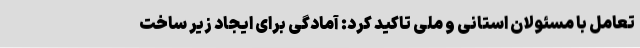
تعامل با مسئولان استانی و ملی تاکید کرد: آمادگی برای ایجاد زیر ساخت